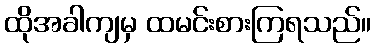
ထိုအခါကျမှ ထမင်းစားကြရသည်။